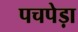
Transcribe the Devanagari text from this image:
पचपेड़ा